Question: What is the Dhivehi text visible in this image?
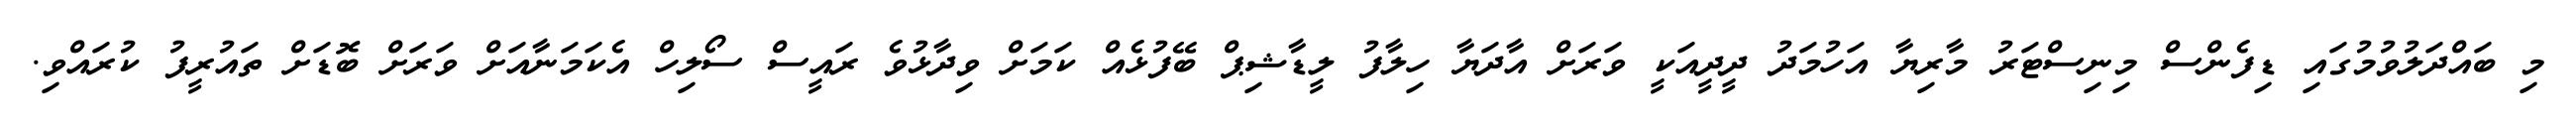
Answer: މި ބައްދަލުވުމުގައި ޑިފެންސް މިނިސްޓަރު މާރިޔާ އަހުމަދު ދީދީއަކީ ވަރަށް އާދަޔާ ހިލާފު ލީޑާޝިޕް ބޭފުޅެއް ކަމަށް ވިދާޅުވެ ރައީސް ސޯލިހް އެކަމަނާއަށް ވަރަށް ބޮޑަށް ތައުރީފު ކުރައްވި.